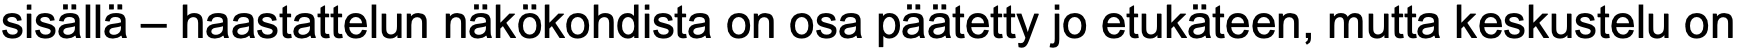
sisällä – haastattelun näkökohdista on osa päätetty jo etukäteen, mutta keskustelu on